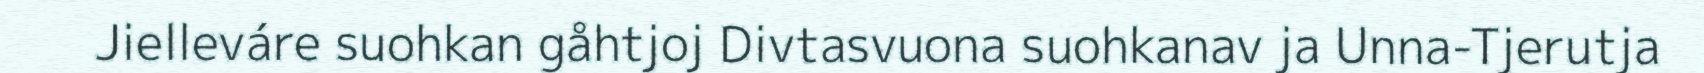
Jielleváre suohkan gåhtjoj Divtasvuona suohkanav ja Unna-Tjerutja